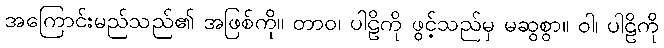
အကြောင်းမည်သည်၏ အဖြစ်ကို။ တာဝ၊ ပါဠိကို ဖွင့်သည်မှ မဆွစွာ။ ဝါ၊ ပါဠိကို